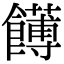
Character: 𩟛